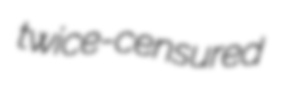
twice-censured